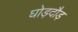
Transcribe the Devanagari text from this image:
घोड़दौड़